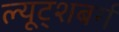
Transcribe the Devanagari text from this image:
ल्यूट्शबर्ग